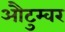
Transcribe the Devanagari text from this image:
औटुम्वर